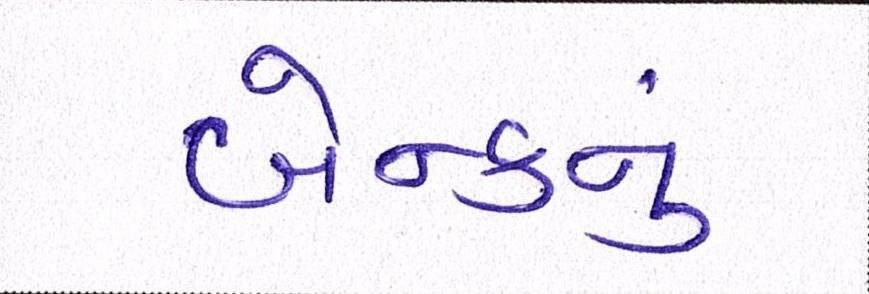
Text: બેન્કનું